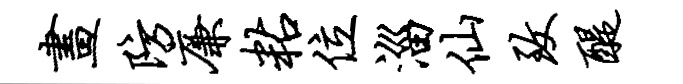
画防廉粘位淄仙致醍